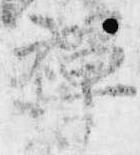
禅